Vaccination in Bombay 1863-1868 - 1863-1868
Year: 1863
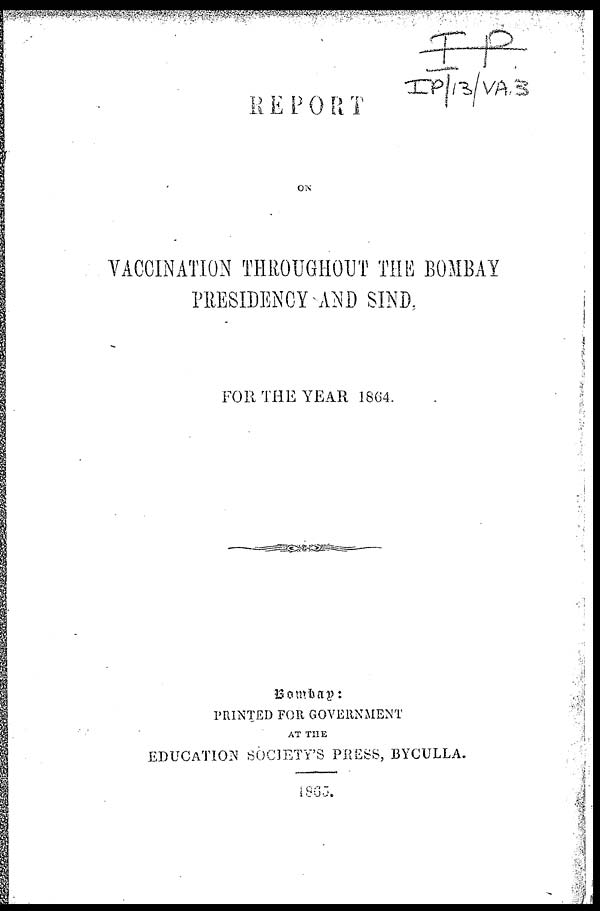
REPORT
ON
VACCINATION THROUGHOUT THE BOMBAY
PRESIDENCY AND SIND.
FOR THE YEAR 1864.
Bombay:
PRINTED FOR GOVERNMENT
AT THE
EDUCATION SOCIETY'S PRESS, BYCULLA.
1865.